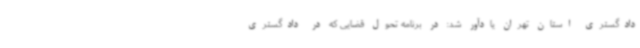
دادگستری استان تهران یادآور شد: در برنامه تحول قضایی که در دادگستری